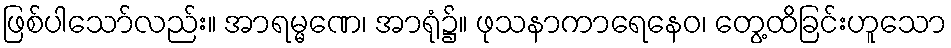
ဖြစ်ပါသော်လည်း။ အာရမ္မဏေ၊ အာရုံ၌။ ဖုသနာကာရေနေဝ၊ တွေ့ထိခြင်းဟူသော